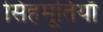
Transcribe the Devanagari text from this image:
सिंहमूर्तियाँ